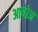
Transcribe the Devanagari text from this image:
आयोज